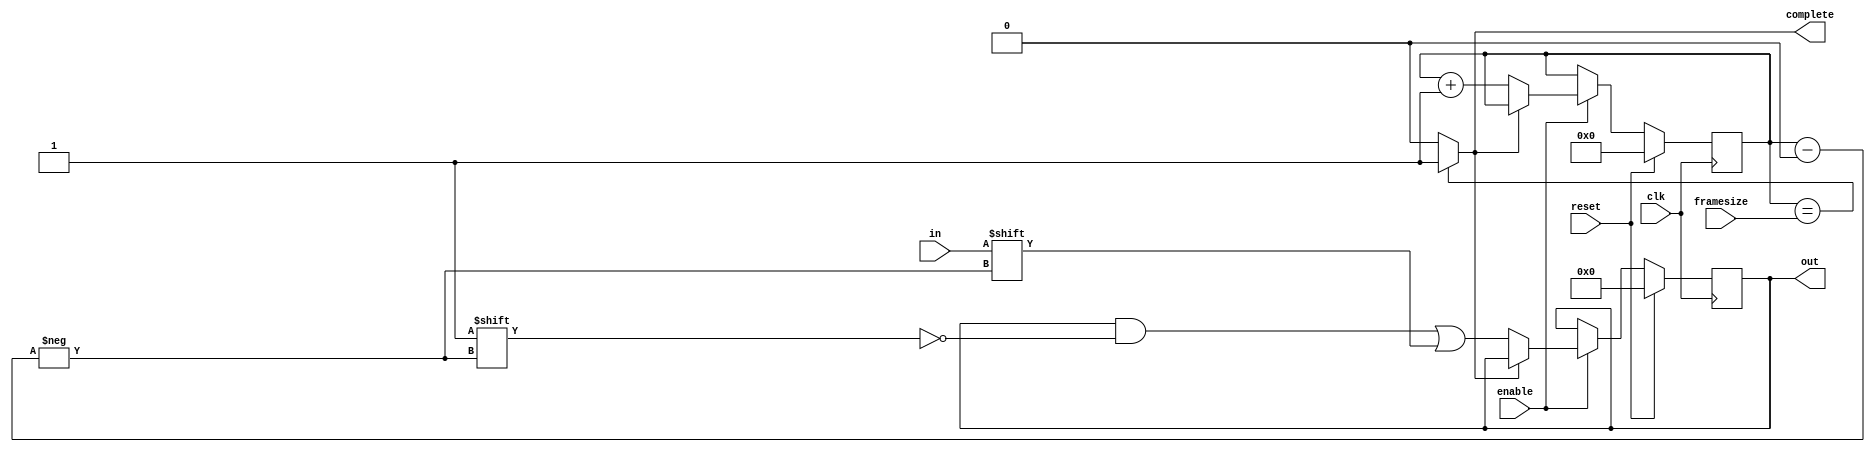
module deserializer(
	clk, 		//serialized data proper clock
	enable, 	//suspend while enable on low
	reset, 		//set output to zero and reset counter to 0 on high
	framesize, 	//number of bits to be deserialized
	in, 		//serialized data
	out, 		//deserialized data
	complete	//reset counter to 0 and hold out's data while high
);

	parameter BITS = 32;		//size of deserializer
	parameter BITS_COUNTER = 8;	//size of counter, must be at least log2(BITS)

	input clk, enable, reset, in;
	input [BITS_COUNTER-1:0] framesize;

	output reg complete;
	output reg [BITS-1:0] out;
	reg [BITS_COUNTER-1:0] counter;	//we need to know which array item (out) to write on


	//always@(posedge clk) begin
	//if (reset==1'b1) begin
		//out <= 32'b00000000000000000000000000000000;
		//counter <= 8'b00000000;
		//complete <= 1'b0;
	//end


//	end

	always@(posedge clk) begin

	if (reset==1'b1) begin
		out <= 32'b00000000000000000000000000000000;
		counter <= 8'b00000000;
//		complete <= 1'b0;
	end
	else  begin
		if(enable) begin
	   if (complete==1'b0) begin


				out[counter] <= in;
				counter  <= counter + 1;	//next item
				 end
			end
			end
end

always @ ( * ) begin
	if (counter==framesize) begin
		complete=1'b1;
		end
		else begin
complete=1'b0;
		end
end


	//always@(complete) begin
		//counter  = 0;	//this way there's no need to reset every time we start a transaction (resetting all out bits consumes power)
	//end




endmodule